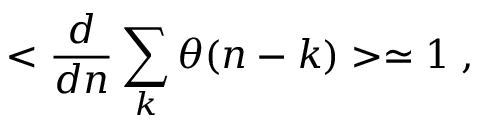
< \frac { d } { d n } \sum _ { k } \theta ( n - k ) > \simeq 1 \; ,